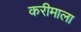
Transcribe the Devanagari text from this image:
करीमाला